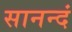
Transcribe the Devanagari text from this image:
सानन्दं